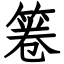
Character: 箞